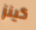
كينز